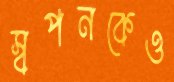
স্বপনকেও